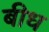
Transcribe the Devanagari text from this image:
बीध